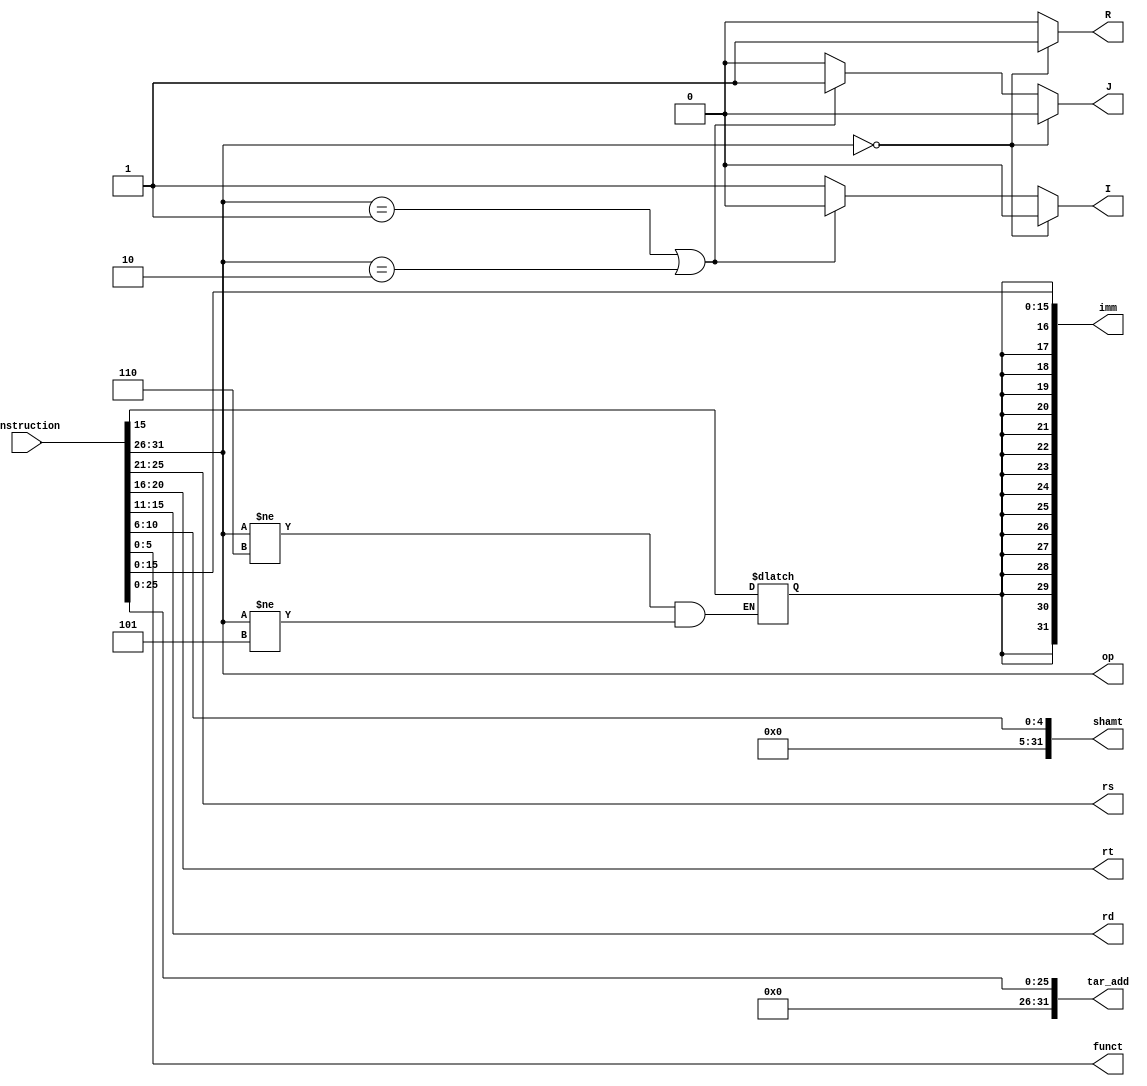
// Aditya Pratap Singh - 200053
// Siddheshwari Ramesh Madavi - 211036

module Instruction_Decode (instruction, R, I, J, op, rs, rt, rd, shamt, funct, imm, tar_add);
	input wire [31:0] instruction;

	output wire R, I, J;
	output wire [4:0] rs, rt, rd;
	output wire [5:0] op, funct;
	output wire [31:0] imm, tar_add, shamt;

	reg reg_R, reg_I, reg_J;
	reg [4:0] reg_rs, reg_rt, reg_rd;
	reg [5:0] reg_op, reg_funct;
	reg [31:0] reg_imm, reg_tar_add, reg_shamt;

	initial begin
		reg_R = 1'b0; reg_I = 1'b0; reg_J = 1'b0;
		reg_rs = 5'b0; reg_rt = 5'b0; reg_rd = 5'b0;
		reg_op = 6'b0; reg_funct = 6'b0;
		reg_imm = 32'b0; reg_tar_add = 32'b0; reg_shamt = 32'b0;
	end

	assign R = reg_R;
	assign I = reg_I;
	assign J = reg_J;
	assign rs = reg_rs;
	assign rt = reg_rt;
	assign rd = reg_rd;
	assign op = reg_op;
	assign funct = reg_funct;
	assign imm = reg_imm;
	assign tar_add = reg_tar_add;
	assign shamt = reg_shamt;

	
	always @(instruction) begin
		reg_op = instruction[31:26];
		
		if(reg_op == 6'b000000) begin // R type instruction
			reg_R = 1'b1;
			reg_I = 1'b0;
			reg_J = 1'b0;
		end  
		else if(reg_op == 6'b000001 || reg_op == 6'b000010) begin // J type instruction
			reg_R = 1'b0;
			reg_I = 1'b0;
			reg_J = 1'b1;
		end
		else begin // I type instruction
			reg_R = 1'b0;
			reg_I = 1'b1;
			reg_J = 1'b0;
		end
		
		reg_rs = instruction[25:21];
		reg_rt = instruction[20:16];
		reg_rd = instruction[15:11];

		reg_shamt[4:0] = instruction[10:6];
		reg_shamt[31:5] = 17'b0;

		reg_funct = instruction[5:0];

		reg_tar_add[25:0] = instruction[25:0];
		reg_tar_add[31:26] = 6'b0;
		
		reg_imm[15:0] = instruction[15:0];
		// immediate field extension to 32 bits
		if(reg_op != 6'b000110 && reg_op != 6'b000101) begin    // if op is other than ANDI and ORI
			reg_imm[31:16] = {16{instruction[15]}};  // sign extension
		end
		
	end
	
endmodule